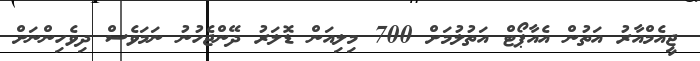
ޖީއެމްއާރު އަތުން އެއާޕޯޓް އަތުލުމަށް 700 މިލިއަން ޑޮލަރު ދޭންޖެހުނު ނަމަވެސް ދިވެހިންނަށް